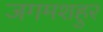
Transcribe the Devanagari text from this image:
जगमशहुर